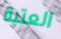
العتبة